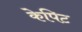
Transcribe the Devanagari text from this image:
केपिट